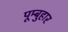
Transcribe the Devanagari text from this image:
पूम्बुहार